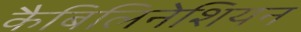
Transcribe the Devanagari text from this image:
कैबिलिनेशियन